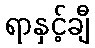
ရာနှင့်ချီ